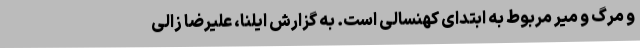
و مرگ و میر مربوط به ابتدای کهنسالی است. به گزارش ایلنا، علیرضا زالی